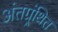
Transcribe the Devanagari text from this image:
अंतग्र्रंथित